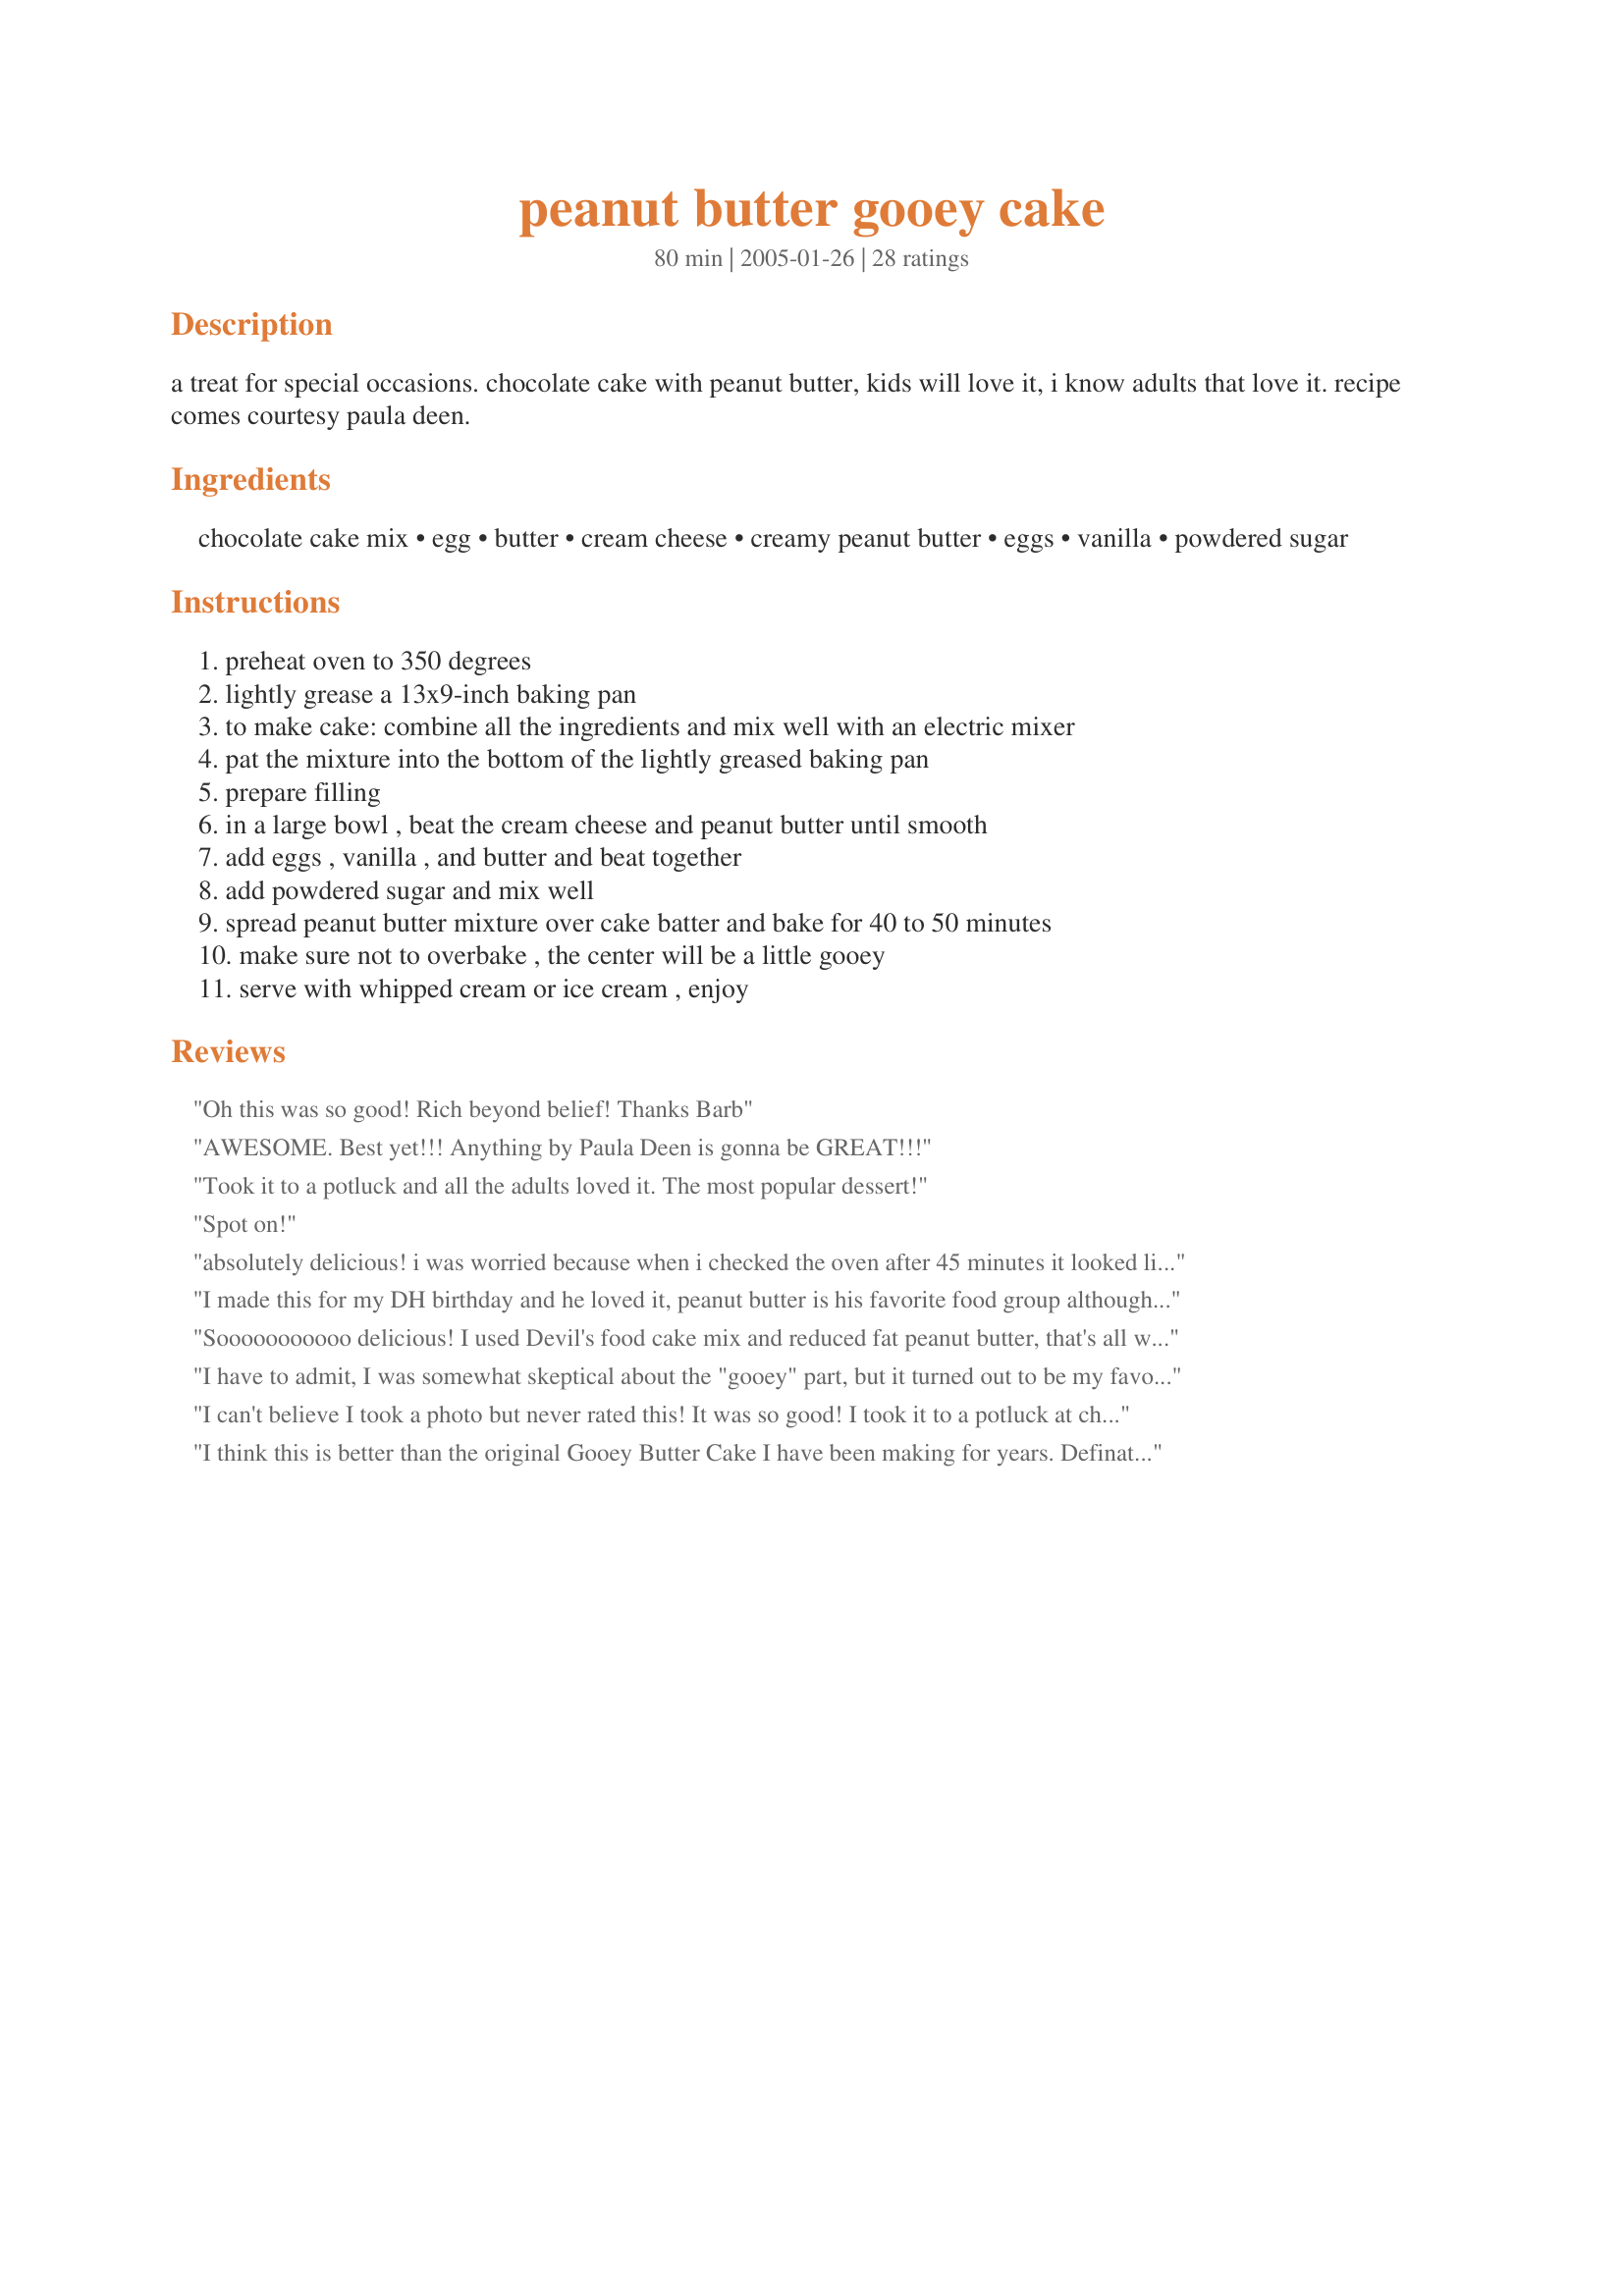
peanut butter gooey cake
Preparation time: 80 minutes

a treat for special occasions. chocolate cake with peanut butter, kids will love it, i know adults that love it. recipe comes courtesy paula deen.

Ingredients:
chocolate cake mix, egg, butter, cream cheese, creamy peanut butter, eggs, vanilla, powdered sugar

Steps:
preheat oven to 350 degrees, lightly grease a 13x9-inch baking pan, to make cake: combine all the ingredients and mix well with an electric mixer, pat the mixture into the bottom of the lightly greased baking pan, prepare filling, in a large bowl , beat the cream cheese and peanut butter until smooth, add eggs , vanilla , and butter and beat together, add powdered sugar and mix well, spread peanut butter mixture over cake batter and bake for 40 to 50 minutes, make sure not to overbake , the center will be a little gooey, serve with whipped cream or ice cream , enjoy

Reviews:
Oh this was so good! Rich beyond belief! Thanks Barb
AWESOME. Best yet!!! Anything by Paula Deen is gonna be GREAT!!!
Took it to a potluck and all the adults loved it. The most popular dessert!
Spot on!
absolutely delicious! i was worried because when i checked the oven after 45 minutes it looked like it was overdone. but it turned out just great, delicious creamy peanut butter cheesecake topping over a brownie base. i took these to a superbowl party and they were devoured- i sure know how to feed my friends, thanks to you. definite keeper.
I made this for my DH birthday and he loved it, peanut butter is his favorite food group although he isnt to big on chocolate. My mother and step father had some too and my step dad absolutely enjoyed every bit, we gave him the rest of the cake because although he LOVES sweets he is going threw chemo right now and cant eat a lot of stuff. I am making it for one of our christmas desserts for both of them.
I did change one thing about this cake though, I didnt have any cake mix, but I had Ghirardelli brownie mix and used that instead, i was afraid the brownies might get to hard, but they didnt and I probably wont use the cake mix because I liked the result of the brownie mix so much.
THANK YOU BARB for a recipe my whole family loves and is so simple to make :)
Sooooooooooo delicious! I used Devil's food cake mix and reduced fat peanut butter, that's all we had. It turned out wonderful! Yummmmmilicious! Defintely a great recipe for the peanut butter/chocolate lover!
I have to admit, I was somewhat skeptical about the "gooey" part, but it turned out to be my favorite. My husband loves peanut butter anything, so I fixed it for his birthday. He loved it! Thanks!
I can't believe I took a photo but never rated this! It was so good! I took it to a potluck at church and numerous people asked for the recipe! It was gone before all the other desserts! And there were lots of desserts! Thanks so much for posting this Barb! :)
I think this is better than the original Gooey Butter Cake I have been making for years. Definately not a diet food, but worth the calories. My co-workers loved it.
This was so good. Especially the next day after it was cooled. Thanks!
Oh my. This is sinfully rich, but soooo delicious. I loved it as did my whole family. I will be making this again and again and again....lol. I really liked the filling so good. Thank you for posting.....STephanie
The cake turned out rich and delicious. I used P. B. Loco's peanut butter with caramel and that turned out wonderfully. Kat is going to love this one! :D Thanks Barb.
Hey there Barb! I made this y'day (the 1st) and also used Devil's Food cake as its all I had on hand:) It was sooo yummy! 2 peanut butter haters came over and loved it! I liked it much better today after it cooled overnight. Sooo soft and yummy! The cake layer is a bit dry and crumbly but no so much after letting it sit overnight. Thanks for an easy dessert!
Oh my goodness. This is just as delicious as everyone says. I had to alter it slightly, as I was lower on powdered sugar than I thought. I used a bit of brown sugar and white sugar to substitute, and it was incredible!
This cake is easy, delicious, and rich - I warned my dh that it was rich, but he still cut a piece bigger than he could
eat. I shared it with friends and they are already asking for more. 
Their kids loved it!!! I sure do plan on making it again - can hardly wait to take it to our next church get together.
turned out great i did not have chocolate cake mix so i used yellow it was still wonderful
One thing for sure.....it doesn't get any better, or any easier than this....thanks for the great recipe!!!!!
I loved the recipe!!! I made the chocolate cake part with a triple chocolate brownie walnut mix and used extra chunky peanut butter, OMG it was awesome!!! I agree the next day when it was cooled, it was so much better!
This is definitely yummy. I did decide to leave out the butter in the filling. I have a similar recipe with yellow cake mix, minus the PB that doesn't call for any butter in the filling, so I thought I would try this one without any. I baked it as with my other recipe also, which is at 350 for 35 minutes and then turning the oven off and letting it sit inside for 15 more minutes. It turned out great. I can't wait to share it with my friend who gave me the other recipe. Thanks, Barb. I will be making this again.
I made this cake to take along for our first night of vacation. It was wonderful and everyone raved about how yummy it was. It was very easy to make and was a great choice to take along. I will make this one over and over. Thanks for the great recipe...
although my cake didn't look anything like the beautiful picture posted, that didn't stop everyone from inhaling it. I made this for a youth function at Church and every other dessert was basically ignored. I followed the suggestions of baking for 35 minutes and letting sit in the oven for 15 minutes. It was really hard to tell if it was done, but it definitely lives up to the "gooey" title. One of the men asked for this cake for his birthday-that is impressive!
WOW!! Is there any recipe from Paula Deen that isn't wonderful? This did not disapoint me at all. I could not find a 16 oz box of powdered sugar so I used three and one half cups(did some checking on the Cooking Q&A forum and should have used 4 cups),cooked it for 47 mins and it was very gooey in the middle. But after it cooled it firmed up. Goes directly into my tryed and like cook book.
Very good but very, very rich. This recipe is a really high fat & high calorie recipe, so I cut it down a little by using-- light Country Crock, reduced fat peanut butter, reduced fat/light cream cheese. And it tastes amazing! Adding the fat-free whip cream or light ice cream adds some calories back in but its needed to cut the richness. Four stars due to the high fat/cals. Also, very easy to make.
I thought this cake was FANTASTIC! I must admit it looked like it was burning around the edges after 30 minutes but was still really wobbly in the center so i left it in for 40 minutes and it was still wobbly so i baked it for the entire 50 minutes. Its not burnt at all it just looked that way but it was soft and delicous. As it cooled the cake pulled away from the sides of the pan and was YUMMY!! Its even better the next day. A keeper for my family
This cake is absolutely sinful. It needs to come with warnings: must only be made when plans are to take it out of the house! It was fantastic! thanks for sharing!
Everyone in the house loved this cake and it was very easy to prepare. Thanks!
Super yummy cake that was easy to make. The bottom layer tasted a lot like a brownie. I will definitely make it again.
